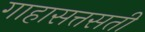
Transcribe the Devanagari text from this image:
गाहासत्तसती